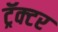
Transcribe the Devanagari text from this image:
ट्रॅक्‍टर